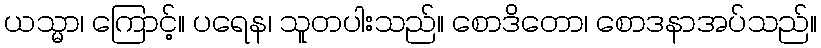
ယသ္မာ၊ ကြောင့်။ ပရေန၊ သူတပါးသည်။ စောဒိတော၊ စောဒနာအပ်သည်။